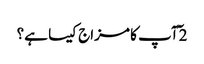
2 ٓآپ کا مزاج کیسا ہے؟